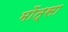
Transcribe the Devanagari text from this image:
मोंत्सा